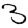
Digit: 3